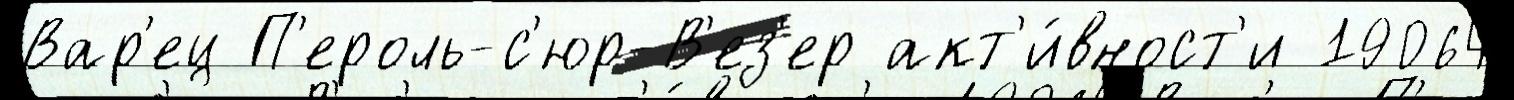
Вар'ец П'ероль-с'юр-В'ез'ер акт'и́вност'и 19064